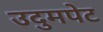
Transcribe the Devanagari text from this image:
उदुमपेट